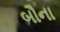
બૌના